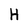
Character: H